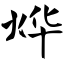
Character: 烨